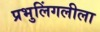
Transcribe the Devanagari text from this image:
प्रभुलिंगलीला